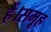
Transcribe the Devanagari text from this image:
हैं।समूह